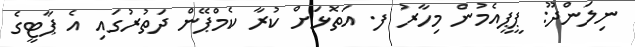
ނިލަންދޫ: ޕީޕީއެމުން މިހާރު ފ. އަތޮޅަށް ކުރާ ކެމްޕޭން ދަތުރުގައި އެ ޕާޓީގެ